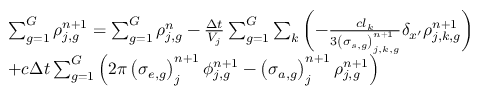
\begin{array} { l } { { \sum _ { g = 1 } ^ { G } \rho _ { j , g } ^ { n \mathrm { + 1 } } = \sum _ { g = 1 } ^ { G } \rho _ { j , g } ^ { n } - \frac { \Delta t } { V _ { j } } \sum _ { g = 1 } ^ { G } \sum _ { k } \left( - \frac { c l _ { k } } { 3 \left( \sigma _ { s , g } \right) _ { j , k , g } ^ { n + 1 } } \delta _ { x ^ { \prime } } \rho _ { j , k , g } ^ { n + 1 } \right) } } \\ { { + c \Delta t \sum _ { g = 1 } ^ { G } \left( 2 \pi \left( \sigma _ { e , g } \right) _ { j } ^ { n + 1 } \phi _ { j , g } ^ { n \mathrm { + 1 } } - \left( \sigma _ { a , g } \right) _ { j } ^ { n + 1 } \rho _ { j , g } ^ { n \mathrm { + 1 } } \right) } } \end{array}